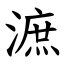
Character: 㵂